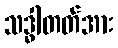
သဒ္ဓါတတ်အား